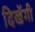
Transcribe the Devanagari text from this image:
दिखेंगी